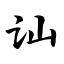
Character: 讪